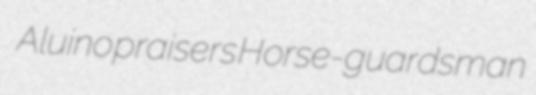
Aluino praisers Horse-guardsman